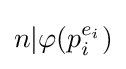
{\textstyle n|\varphi (p_{i}^{e_{i}})}